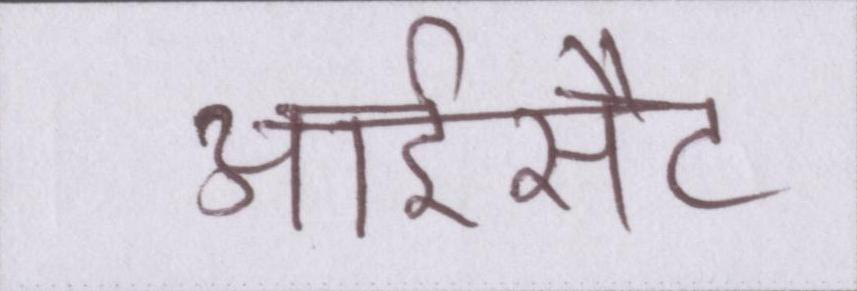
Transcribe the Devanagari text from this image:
आईसैट